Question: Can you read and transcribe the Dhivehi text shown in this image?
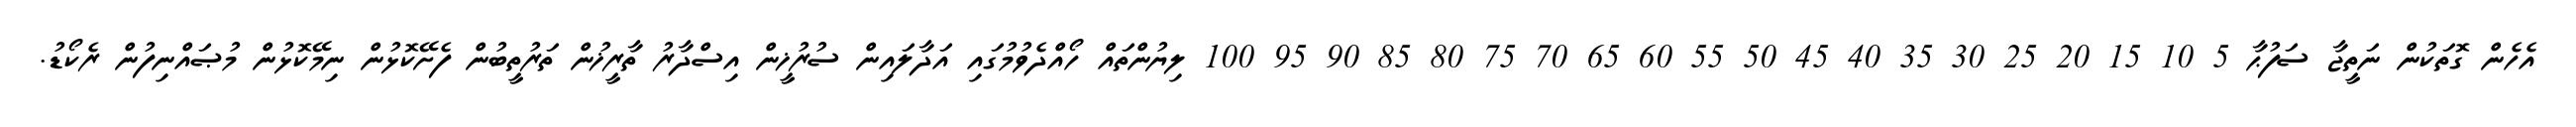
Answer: އެހެން ގޮތަކުން ނަތީޖާ ސަފުޙާ 5 10 15 20 25 30 35 40 45 50 55 60 65 70 75 80 85 90 95 100 ލިޔުންތައް ހޯއްދެވުމުގައި އަދާލައިން ސުރުޚީން އިސްދާރު ތާރީޚުން ތަރުތީބުން ފެށޭކޮޅުން ނިމޭކޮޅުން މުޞައްނިފުން ރެކޯޑު.